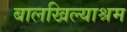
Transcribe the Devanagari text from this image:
बालखिल्याश्रम